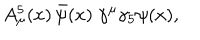
A _ { \mu } ^ { 5 } ( x ) \, \bar { \psi } ( x ) \; \gamma ^ { \mu } \gamma _ { 5 } \psi ( x ) ,